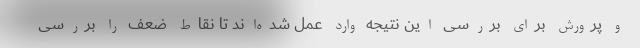
و پرورش برای بررسی این نتیجه وارد عمل شده‌اند تا نقاط ضعف را بررسی